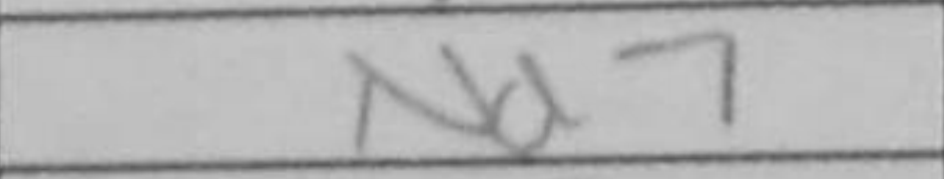
Transcription: Nd7